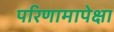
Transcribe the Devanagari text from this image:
परिणामापेक्षा